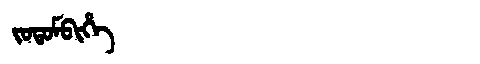
Manchu: ᠵᠣᡨᠣᠮᠪᡳᡥᡝ
Romanization: JOTOMBIHE